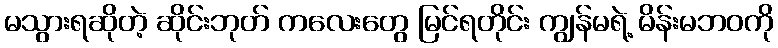
မသွားရဆိုတဲ့ ဆိုင်းဘုတ် ကလေးတွေ မြင်ရတိုင်း ကျွန်မရဲ့ မိန်းမဘဝကို